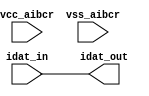
// This program was cloned from: https://github.com/intel/aib-phy-hardware
// License: Apache License 2.0

// SPDX-License-Identifier: Apache-2.0
// Copyright (C) 2019 Intel Corporation. All rights reserved
module aibcr3_txdat_mimic (
	input wire idat_in,
	input wire vcc_aibcr,
	input wire vss_aibcr,
	output wire idat_out
);

	assign idat_out = idat_in;

endmodule